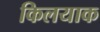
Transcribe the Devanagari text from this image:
किलयाक